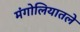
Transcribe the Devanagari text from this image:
मंगोलियातले